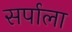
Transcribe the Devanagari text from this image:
सर्पाला